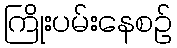
ကြိုးပမ်းနေစဉ်